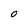
Character: o